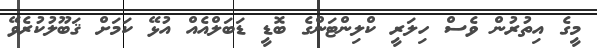
މީގެ އިތުރުން ވެސް ހިލަރީ ކްލިންޓަންގެ ބޮޑީ ޑަބަލްއެއް އުޅޭ ކަމަށް ޤަބޫލުކުރެވޭ